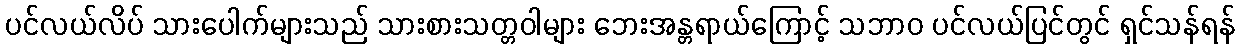
ပင်လယ်လိပ် သားပေါက်များသည် သားစားသတ္တဝါများ ဘေးအန္တရာယ်ကြောင့် သဘာဝ ပင်လယ်ပြင်တွင် ရှင်သန်ရန်